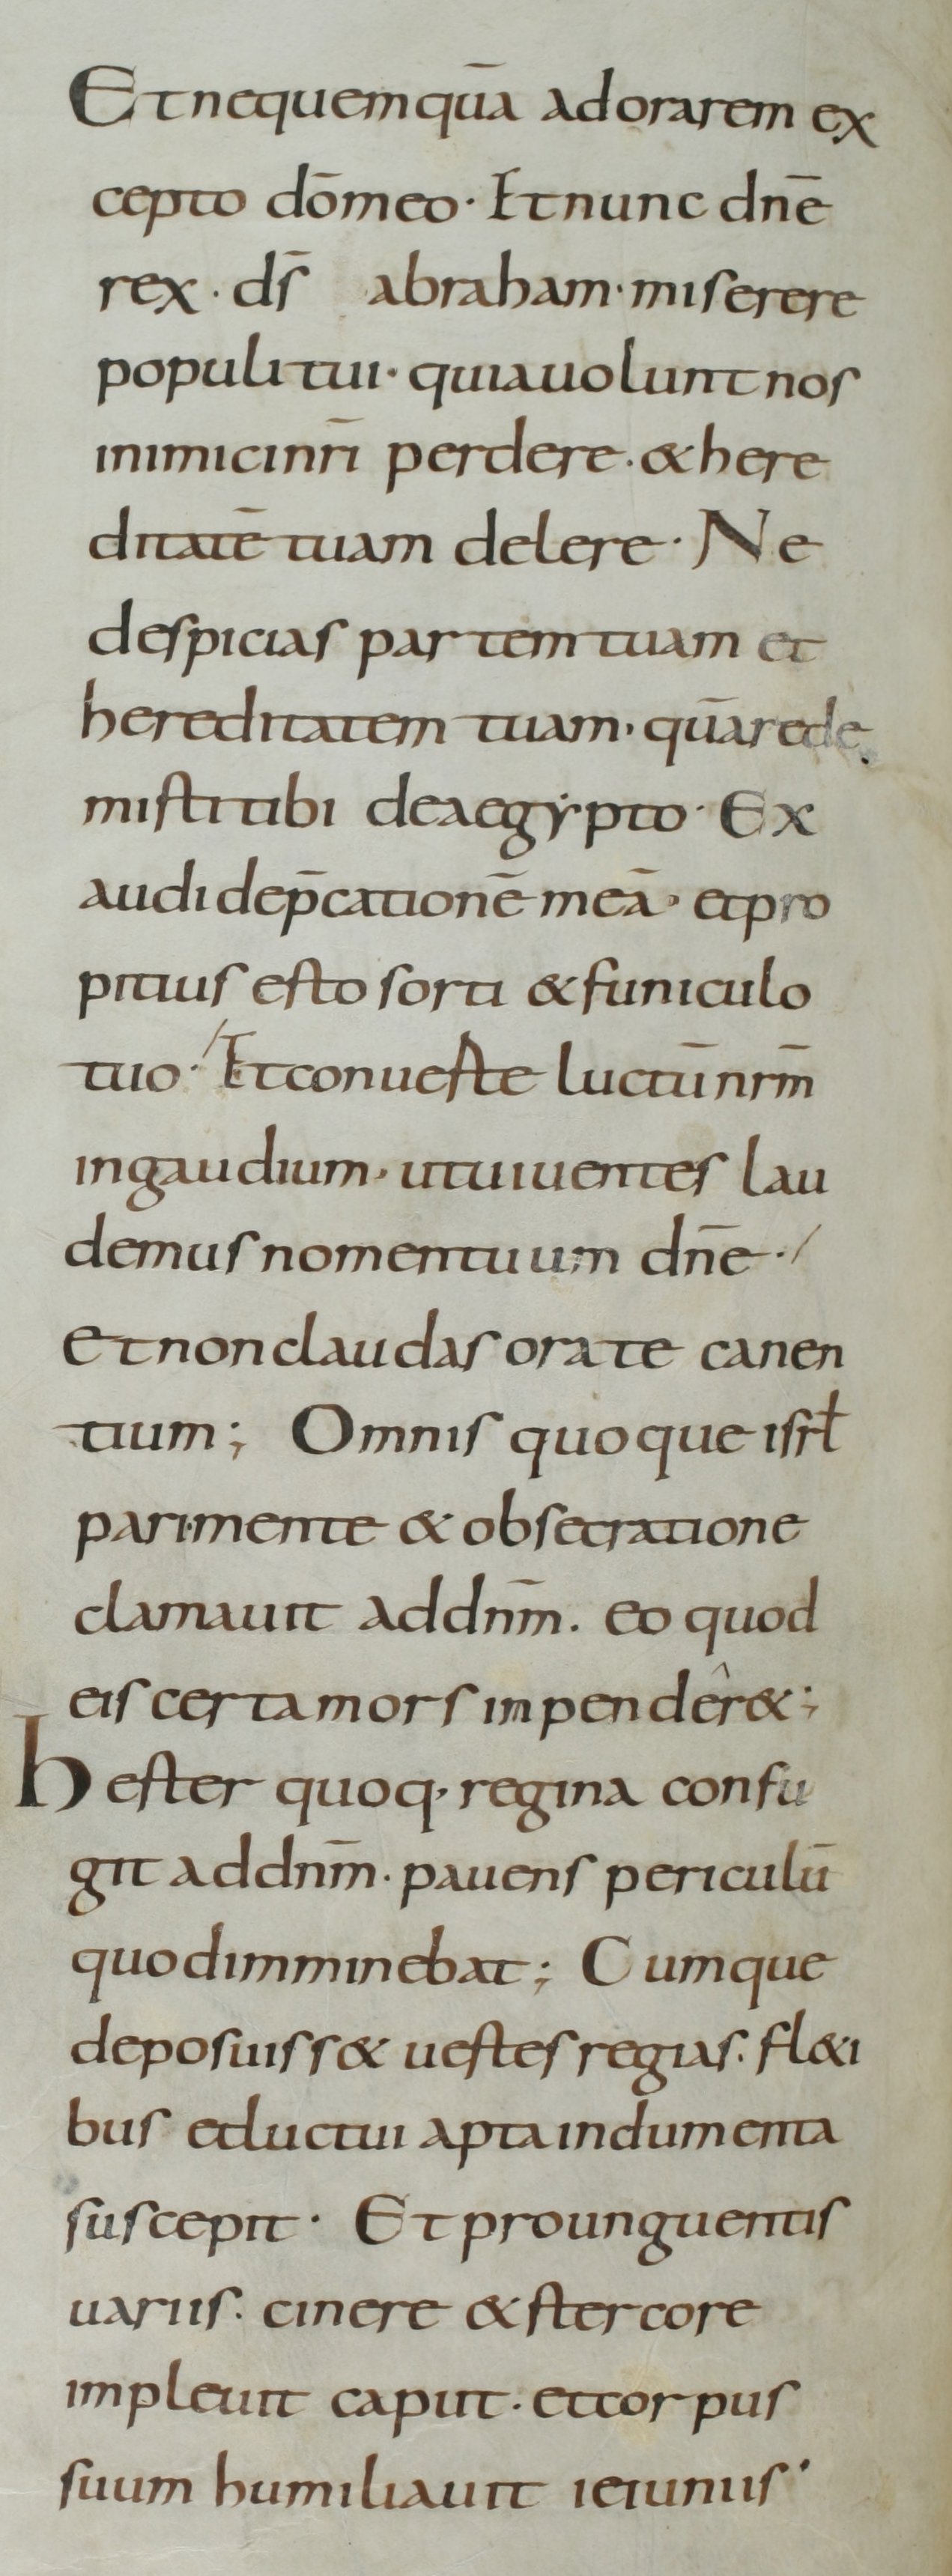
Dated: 800–899